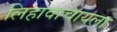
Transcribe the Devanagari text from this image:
लिहावाचायला